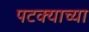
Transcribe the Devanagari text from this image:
पटक्याच्या